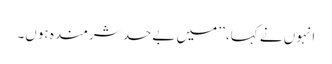
انہوں نے کہا، ’’ میں بےحد شرمندہ ہوں۔